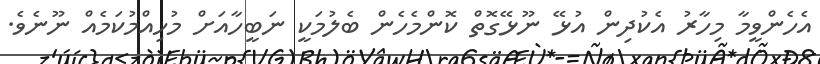
އެހެންވީމާ މިހާރު އެކުދިން އުޅޭ ނޫޅޭގޮތް ކޮންމެހެން ބެލުމަކީ ނަބީހާއަށް މުހިއްމުކަމެއް ނޫނެވެ.